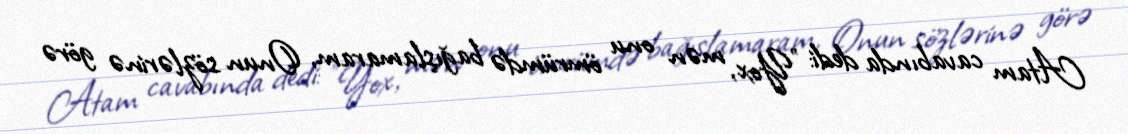
Atam cavabında dedi: "Yox, mən onu ömrümdə bağışlamaram, Onun sözlərinə görə